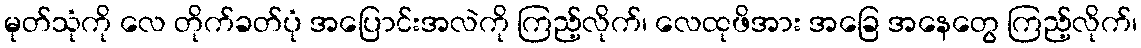
မုတ်သုံကို လေ တိုက်ခတ်ပုံ အပြောင်းအလဲကို ကြည့်လိုက်၊ လေထုဖိအား အခြေ အနေတွေ ကြည့်လိုက်၊